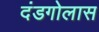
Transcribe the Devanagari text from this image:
दंडगोलास